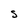
Character: S